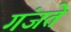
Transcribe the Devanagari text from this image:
गंजते